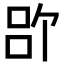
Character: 𪡉